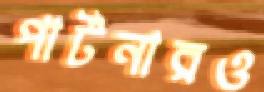
পার্টনারও